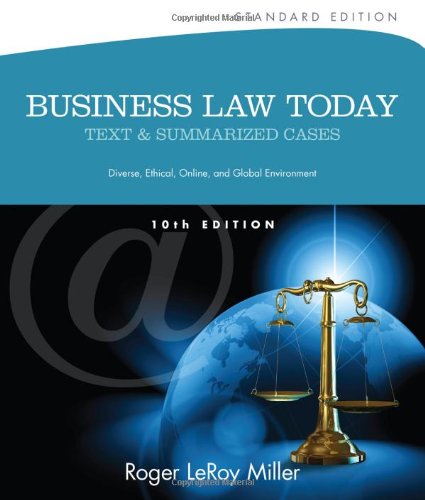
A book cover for Business Law Today, Standard: Text and Summarized Cases (Miller Business Law Today Family); Roger LeRoy Miller; Law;